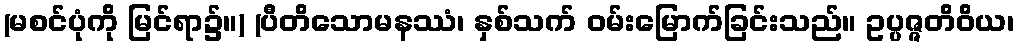
(မစင်ပုံကို မြင်ရာ၌။) (ပီတိသောမနဿံ၊ နှစ်သက် ဝမ်းမြောက်ခြင်းသည်။ ဥပ္ပဇ္ဇတိဝိယ၊